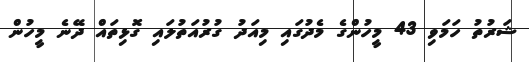
ޝަރުތު ހަމަވި 43 މީހުންގެ މެދުގައި މިއަދު ގުރުއަތުލައި ގޮޅިތައް ދޭނެ މީހުން